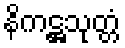
နိကဋ္ဌသုတ္တံ